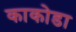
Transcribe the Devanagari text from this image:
काकोडा